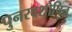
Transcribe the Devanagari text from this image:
पुनरवशोषित